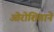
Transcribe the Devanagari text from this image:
ओरोशिगाने